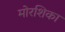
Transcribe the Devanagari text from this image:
मोरशिका